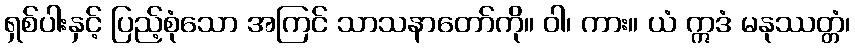
ရှစ်ပါးနှင့် ပြည့်စုံသော အကြင် သာသနာတော်ကို။ ဝါ၊ ကား။ ယံ ဣဒံ မနုဿတ္တံ၊